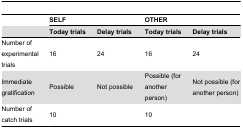
<table><thead><tr><td></td><td colspan="2"><b>SELF</b></td><td colspan="2"><b>OTHER</b></td></tr><tr><td></td><td><b>Today trials</b></td><td><b>Delay trials</b></td><td><b>Today trials</b></td><td><b>Delay trials</b></td></tr></thead><tbody><tr><td>Number of experimental trials</td><td>16</td><td>24</td><td>16</td><td>24</td></tr><tr><td>Immediate gratification</td><td>Possible</td><td>Not possible</td><td>Possible (for another person)</td><td>Not possible (for another person)</td></tr><tr><td>Number of catch trials</td><td colspan="2">10</td><td colspan="2">10</td></tr></tbody></table>